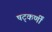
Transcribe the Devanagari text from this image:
षट्‌कर्णीं